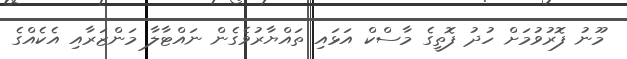
މޫނު ފޮރުވުމަށް ހުދު ފޮތީގެ މާސްކް އަޅައި ތައްޔާރުވެގެން ނައްޓާލާ މަންޒަރާއި އެކެއްގެ